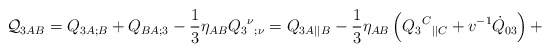
\begin{align*}{\cal Q}_{3AB}=Q_{3A;B}+Q_{BA;3}-\frac13\eta_{AB}Q_3{^\nu}{_{;\nu}}={Q}_{3A||B}- \frac{1}{3}\eta_{AB}\left( Q_3{^C}{_{||C}}+v^{-1}\dot{Q}_{03} \right)+\end{align*}